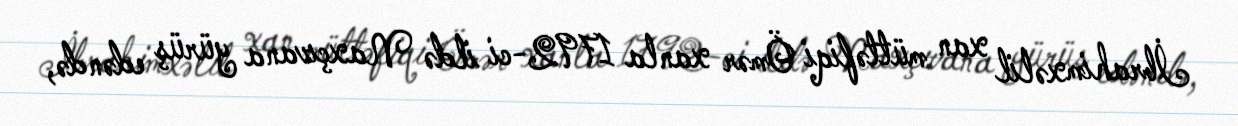
İbrahimxəlil xan müttəfiqi Ömər xanla 1792-ci ildə Naxçıvana yürüş edəndə,